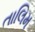
તાલિમ